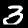
Digit: 3